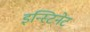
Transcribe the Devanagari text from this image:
इन्स्टिनेट